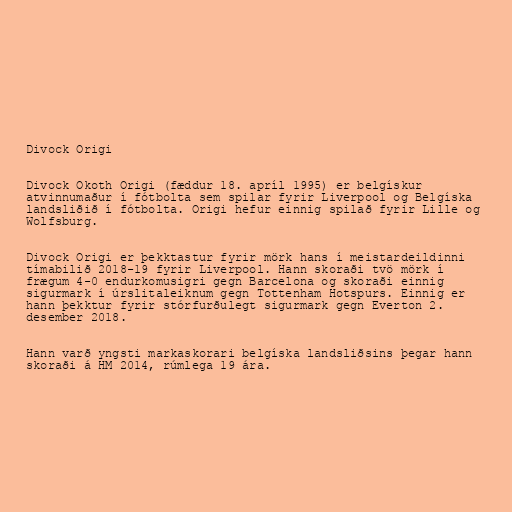
Divock Origi

Divock Okoth Origi (fæddur 18. apríl 1995) er belgískur
atvinnumaður í fótbolta sem spilar fyrir Liverpool og Belgíska
landsliðið í fótbolta. Origi hefur einnig spilað fyrir Lille og
Wolfsburg.

Divock Origi er þekktastur fyrir mörk hans í meistardeildinni
tímabilið 2018-19 fyrir Liverpool. Hann skoraði tvö mörk í
frægum 4-0 endurkomusigri gegn Barcelona og skoraði einnig
sigurmark í úrslitaleiknum gegn Tottenham Hotspurs. Einnig er
hann þekktur fyrir stórfurðulegt sigurmark gegn Everton 2.
desember 2018.

Hann varð yngsti markaskorari belgíska landsliðsins þegar hann
skoraði á HM 2014, rúmlega 19 ára.